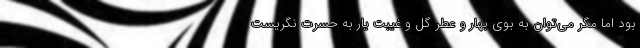
بود اما مگر می‌توان به بوی بهار و عطر گل و غیبت یار به حسرت نگریست